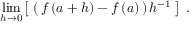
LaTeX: \operatorname* { l i m } _ { h \to 0 } \left[ \; \left( \, f \left( a + h \right) - f \left( a \right) \, \right) h ^ { - 1 } \; \right] ~ .